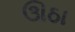
ઊઠા